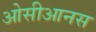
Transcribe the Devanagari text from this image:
ओसीआनस